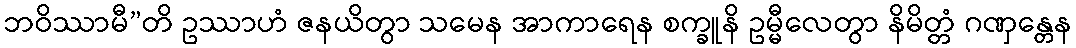
ဘဝိဿာမီ”တိ ဥဿာဟံ ဇနယိတွာ သမေန အာကာရေန စက္ခူနိ ဥမ္မီလေတွာ နိမိတ္တံ ဂဏှန္တေန